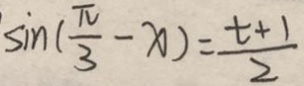
\sin ( \frac { \pi } { 3 } - x ) = \frac { t + 1 } { 2 }